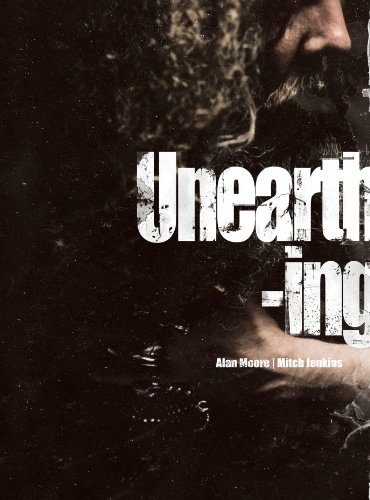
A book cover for Unearthing; Alan Moore; Comics & Graphic Novels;